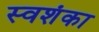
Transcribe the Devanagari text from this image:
स्वशंका